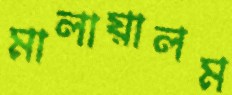
মালায়ালম